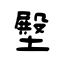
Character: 壂